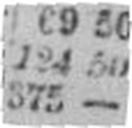
375 —